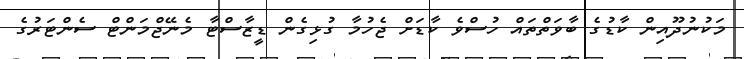
މަކުނުދޫއިން ކާޑުގެ ބާވަތްތައް ހުސްވެ ކާޑަށް ޖެހުމާ ގުޅިގެން ޑީޒާސްޓާ މެނޭޖްމަންޓް ސެންޓަރުގެ